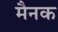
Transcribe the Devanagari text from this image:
मैनक